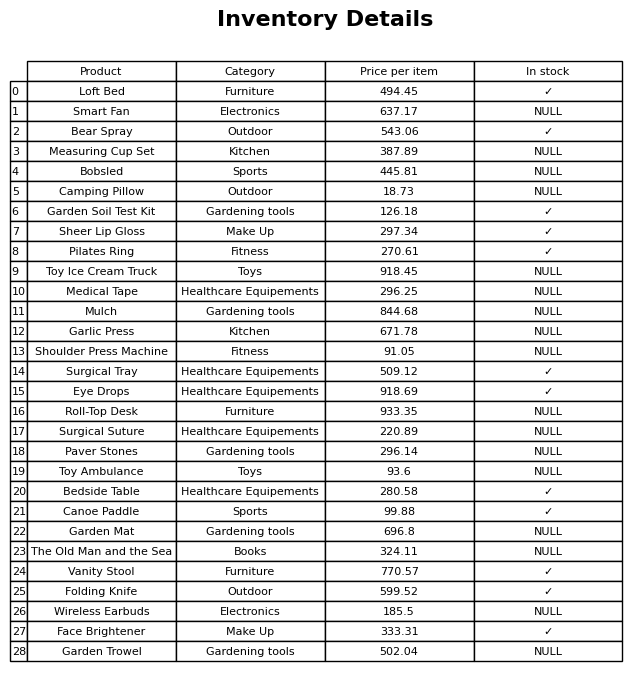
question: What is the price for Bear Spray?
answer: The price of Bear Spray is 543.06.